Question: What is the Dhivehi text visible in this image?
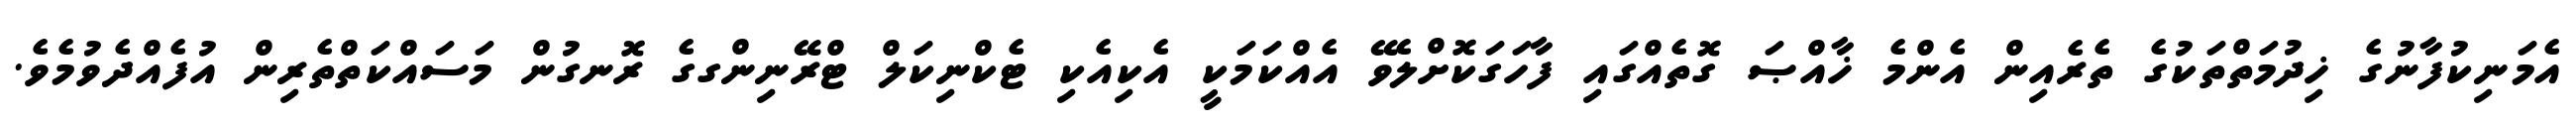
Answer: އެމަނިކުފާނުގެ ޚިދުމަތްތަކުގެ ތެރެއިން އެންމެ ޚާއްޞަ ގޮތެއްގައި ފާހަގަކޮށްލެވޭ އެއްކަމަކީ އެކިއެކި ޓެކްނިކަލް ޓްރޭނިންގގެ ރޮނގުން މަސައްކަތްތެރިން އުފެއްދެވުމެވެ.